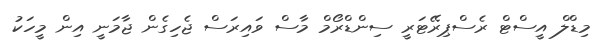
މިޑްލް އީސްޓް ރެސްޕިރޭޓަރީ ސިންޑްރޯމް މާސް ވައިރަސް ޖެހިގެން ޖާމަނީ އިން މީހަކު